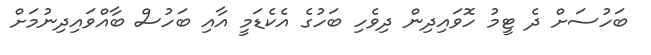
ބަހުސަށް ދެ ޓީމު ހޮވައިދިން ދިވެހި ބަހުގެ އެކެޑަމީ އާއި ބަހުސް ބާއްވައިދިނުމަށް